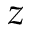
z